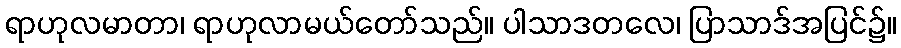
ရာဟုလမာတာ၊ ရာဟုလာမယ်တော်သည်။ ပါသာဒတလေ၊ ပြာသာဒ်အပြင်၌။